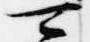
可